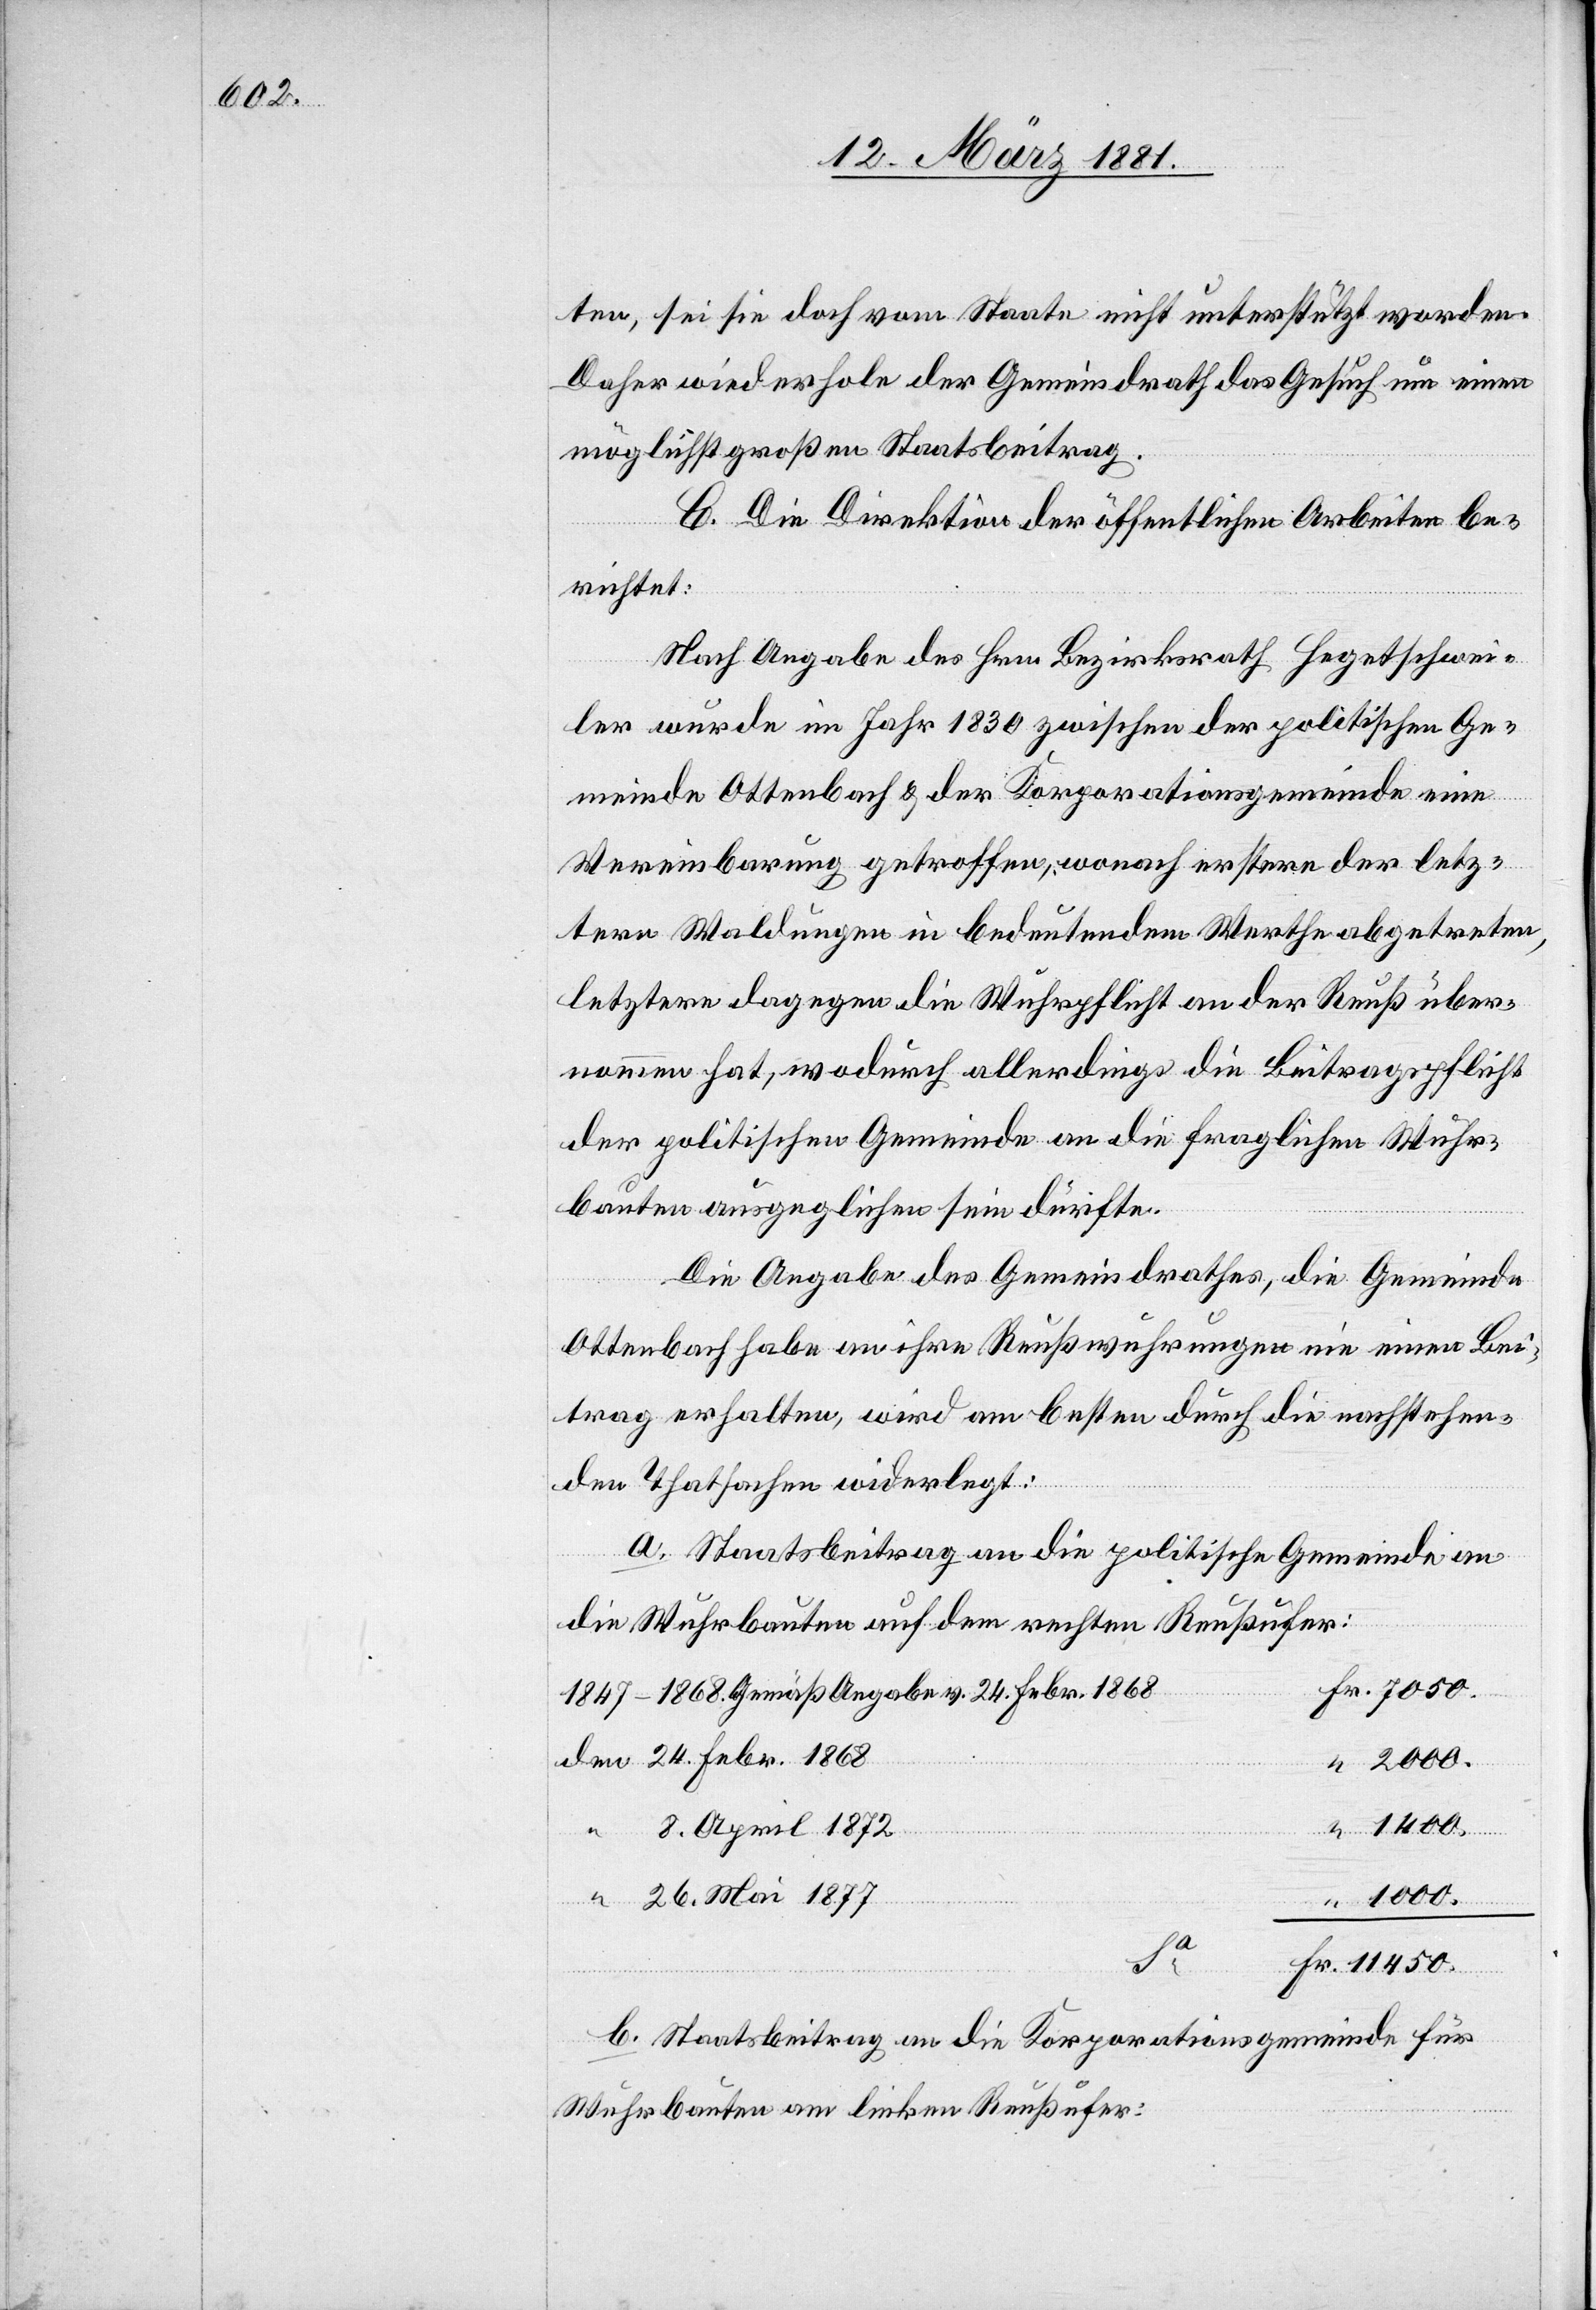
ten, sei sie doch vom Staate nicht unterstützt worden.
Daher wiederhole der Gemeindrath das Gesuch um einen
möglichst großen Staatsbeitrag.
C. Die Direktion der öffentlichen Arbeiten be¬
richtet:
Nach Angabe des Hrn. Bezirksrath Hegetschwei¬
ler wurde im Jahr 1830 zwischen der politischen Ge¬
Mai
meinde Ottenbach & der Korporationsgemeinde eine
Vereinbarung getroffen, wonach erstere der letz¬
tern Waldungen in bedeutendem Werthe abgetreten,
letztere dagegen die Wuhrpflicht an der Reuß über¬
nommen hat, wodurch allerdings die Beitragspflicht
der politischen Gemeinde an die fraglichen Wuhr¬
bauten ausgeglichen sein dürfte.
Die Angabe des Gemeindrathes, die Gemeinde
Ottenbach habe an ihre Reußwuhrungen nie einen Bei¬
trag erhalten, wird am besten durch die nachstehen¬
den Thatsachen widerlegt:
24.
a. Staatsbeitrag an die politische Gemeinde an
“
die Wuhrbauten auf dem rechten Reußufer:
1874–1868. Gemäß Angabe v. 24. Febr. 1868
1400.
“
1000.
Fr.
b. Staatsbeitrag an die Korporationsgemeinde für
Wuhrbauten am linken Reußufer: